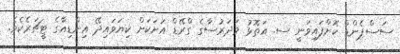
ސަސްޕެންޑް ކޮށްފައިވަނީ ސ. އަތޮޅު މަދަރުސާގެ ގްރޭޑް އަށަކަށް ކިޔަވައިދޭ އިންޑިއާގެ ޓީޗަރެކެވެ.